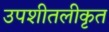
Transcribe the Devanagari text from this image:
उपशीतलीकृत